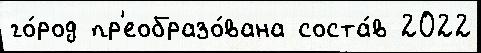
го́род пр'еобразо́вана соста́в 2022